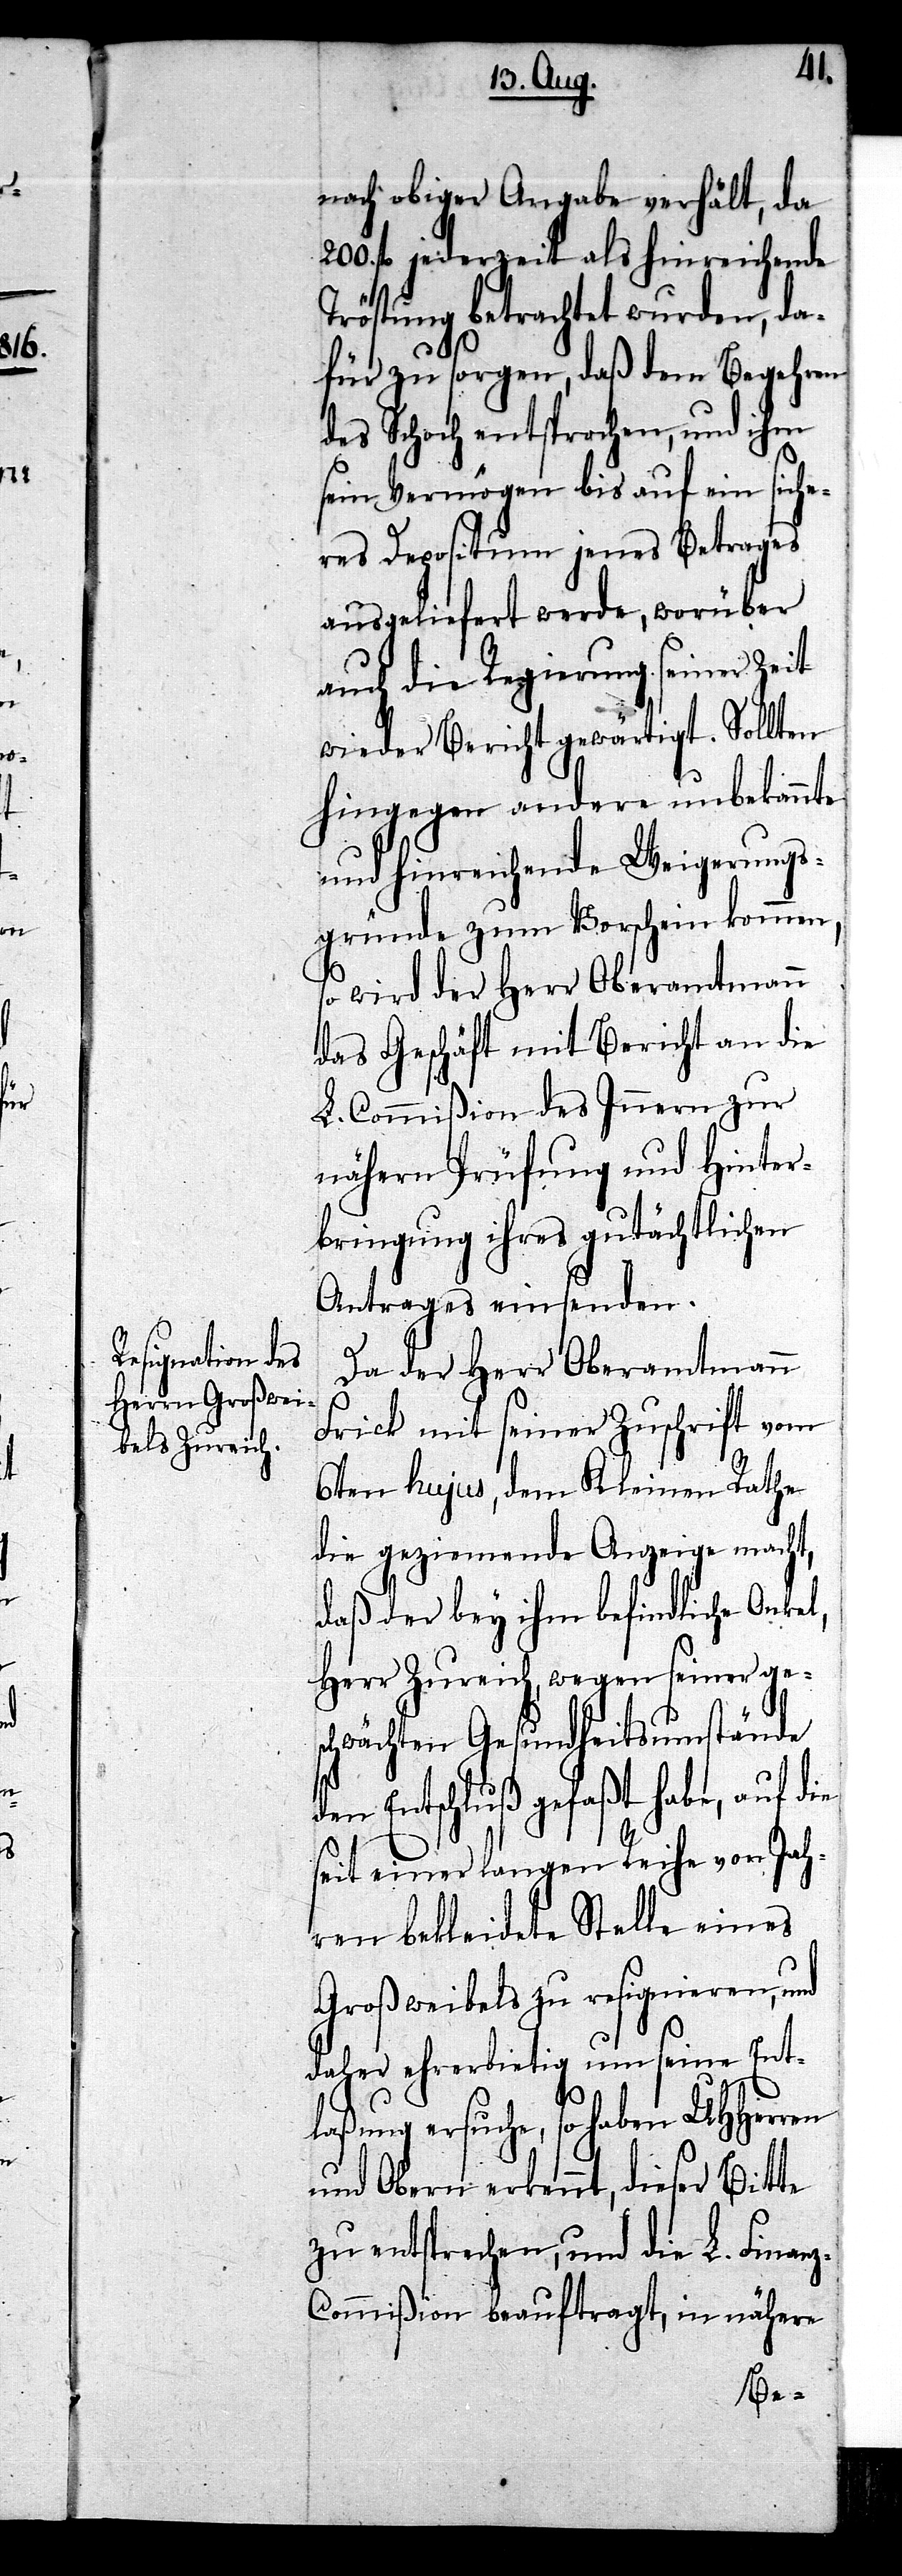
z-C¬
nach obiger Angabe verhält, da
200. fl jederzeit als hinreichende
Tröstung betrachtet wurden, da¬
für zu sorgen, daß dem Begehren
des Schoch entsprochen, und ihm
sein Vermögen bis auf ein siche¬
res Depositum jenes Betrages
ausgeliefert werde, worüber
auch die Regierung seiner Zeit
wieder Bericht gewärtigt. Sollten
hingegen andere unbekannte
und hinreichende Weigerungs¬
gründe zum Vorschein kommen,
so wird der Herr Oberamtmann
das Geschäft mit Bericht an die
L. Commißion des Innern zur
nähern Prüfung und Hinter¬
bringung ihres gutächtlichen
Antrages einsenden.
Da der Herr Oberamtmann
Frick mit seiner Zuschrift vom
6ten hujus, dem Kleinen Rathe
die geziemende Anzeige macht,
daß der bey ihm befindliche Onkel,
Herr Zureich, wegen seiner ges¬
chwächten Gesundheitsumstände
den Entschluß gefaßt habe, auf d¬
seit einer langen Reihe von Jah¬
ren bekleidete Stelle eines
Großweibels zu resignieren, und
daher ehrerbietig um seine Ent¬
ie
laßung ersuche, so haben UHHerren
und Obern erkennt, dieser Bitte
zu entsprechen, und die L. Finan¬
ommißion beauftragt, in nähere